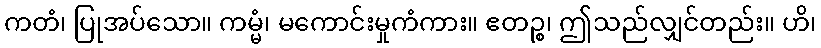
ကတံ၊ ပြုအပ်သော။ ကမ္မံ၊ မကောင်းမှုကံကား။ ဧတဉ္စ၊ ဤသည်လျှင်တည်း။ ဟိ၊